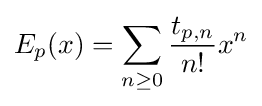
E_{p}(x)=\sum _{n\geq 0}{\frac {t_{p,n}}{n!}}x^{n}